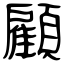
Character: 顧